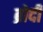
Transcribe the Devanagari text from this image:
ब्रोदी